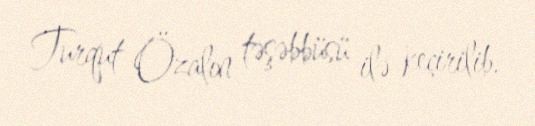
Turqut Özalın təşəbbüsü ilə keçirilib.